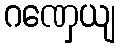
ဂဏှေယျ